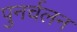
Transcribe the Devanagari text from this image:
पुनर्चलन